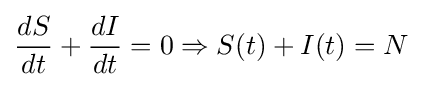
{\frac {dS}{dt}}+{\frac {dI}{dt}}=0\Rightarrow S(t)+I(t)=N